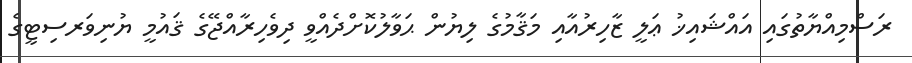
ރަސްމިއްޔާތުގައި އައްޝައިޚު ޢަލީ ޒާހިރުއާއި މަޤާމުގެ ލިޔުން ޙަވާލުކޮށްދެއްވީ ދިވެހިރާއްޖޭގެ ޤައުމީ ޔުނިވަރސިޓީގެ